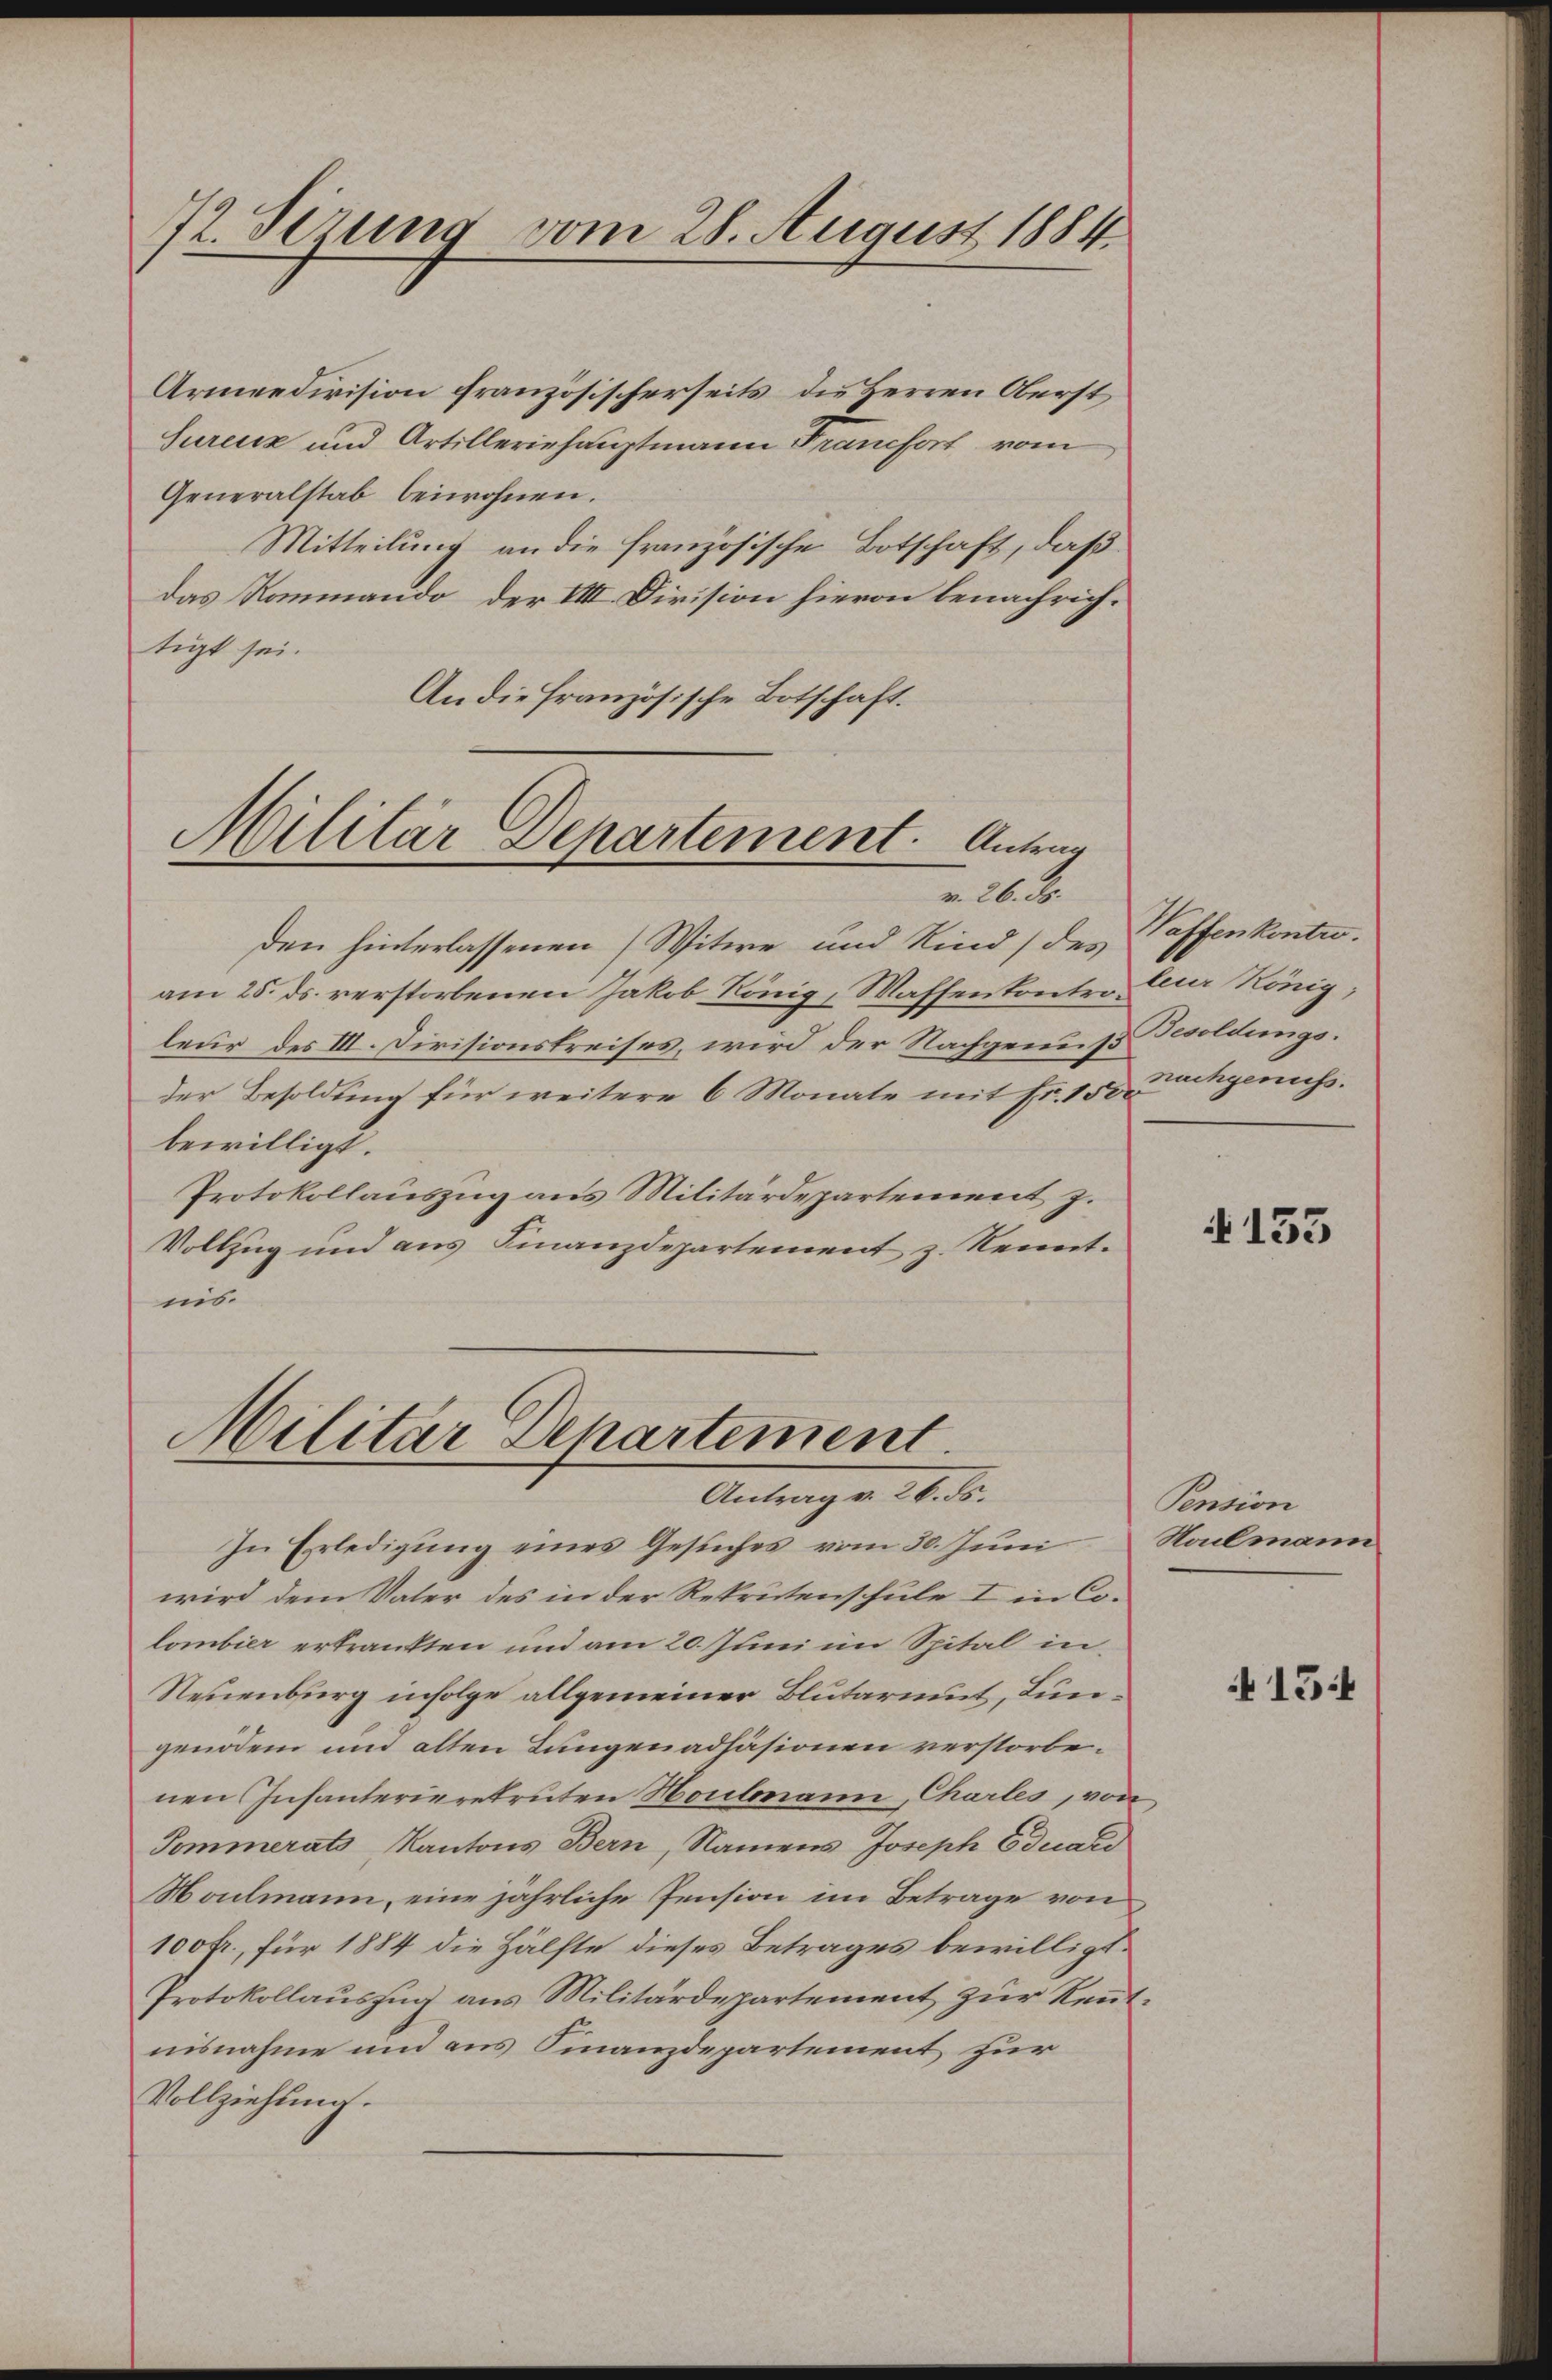
2. Serung vom 28. August 1884.

Armeedivision französischerseits die Herren Oberst
Surenz und Artilleriehauptmann Francfort vom
Generalstab beiwohnen.
Mitteilung an die französische Botschaft, daß
Das Rommando der VIII. Division hievon benachrichtigt sei.
An die Französische Botschaft.

Militär Departement. Antrag
v. 26. ds.

den hinterlassenen Witwe und Kind (des Taffenkontn.
am 25. ds. verstorbenen Jakob König, Waffenkontro der König;
leur des III. Divisionskreises, wird der Nachgenuß Besoldungsder Besoldung für weitere 6 Monate mit Fr. 150 rchgenuss.
bewilligt.
Protokollauszug aus Militärdepartement z.
Vollzug und aus Finanzdepartement z. Kenntmi

Militär Departement.
Antrag v. 26. ds.

In Erledigung eines Gesuches vom 30. Juni
wird dem Vater des in der Rekrutenschule I in Colombier erkrankten und am 20. Juni im Spital in
Neuenburg infolge allgemeiner Blutarmut, Lungenodem und alten Lungenadhäsionen verstorbenen Infanterierekruten Houlmann, Charles, von
Sommerats, Kantons Bern, Namens Joseph Eduard
Noulmann, eine jährliche Pension im Betrage von
100 fr., für 1884 die Hälfte dieses Betrages bewilligt.
Protokollauszug aus Militärdepartement zur Reutnisnahme und aus Finanzdepartement zur
Vollziehung.

4133

Pension
Sailmann

154